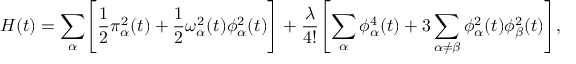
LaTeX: H ( t ) = \sum _ { \alpha } \Biggl [ \frac { 1 } { 2 } \pi _ { \alpha } ^ { 2 } ( t ) + \frac { 1 } { 2 } { \omega } _ { \alpha } ^ { 2 } ( t ) \phi _ { \alpha } ^ { 2 } ( t ) \Biggr ] + \frac { \lambda } { 4 ! } \Biggl [ \sum _ { \alpha } \phi _ { \alpha } ^ { 4 } ( t ) + 3 \sum _ { \alpha \neq \beta } \phi _ { \alpha } ^ { 2 } ( t ) \phi _ { \beta } ^ { 2 } ( t ) \Biggr ] ,